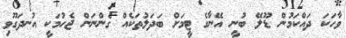
ވާހަކަ ދައްކަމުން ޑޫލޭ ބުނީ އޭނާގެ ޓީމަށް ބަދަލުތަކެއް ގެންނަން ޖެހުމަކީ އުނދަގޫވި